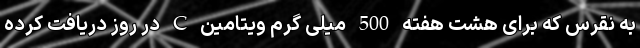
به نقرس که برای هشت هفته 500 میلی گرم ویتامین C در روز دریافت کرده